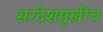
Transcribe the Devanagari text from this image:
सरदेशमुखीच